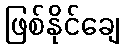
ဖြစ်နိုင်ချေ